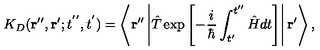
K _ { D } ( { \bf r ^ { \prime \prime } } , { \bf r ^ { \prime } } ; t ^ { ' ^ { \prime } } , t ^ { ' } ) = \left\langle { \bf r ^ { \prime \prime } } \left| \hat { T } \exp \left[ - \frac { i } { \hbar } \int _ { t ^ { \prime } } ^ { t ^ { \prime \prime } } \hat { H } d t \right] \right| { \bf r ^ { \prime } } \right\rangle ,